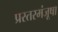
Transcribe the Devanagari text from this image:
प्रस्तरमंजूषा